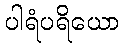
ပါရံပရိယော